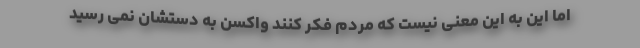
اما این به این معنی نیست که مردم فکر کنند واکسن به دستشان نمی رسید